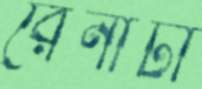
রেনাটা